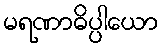
မရဏာဓိပ္ပါယော